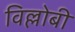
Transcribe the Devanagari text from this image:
विल्लोबी